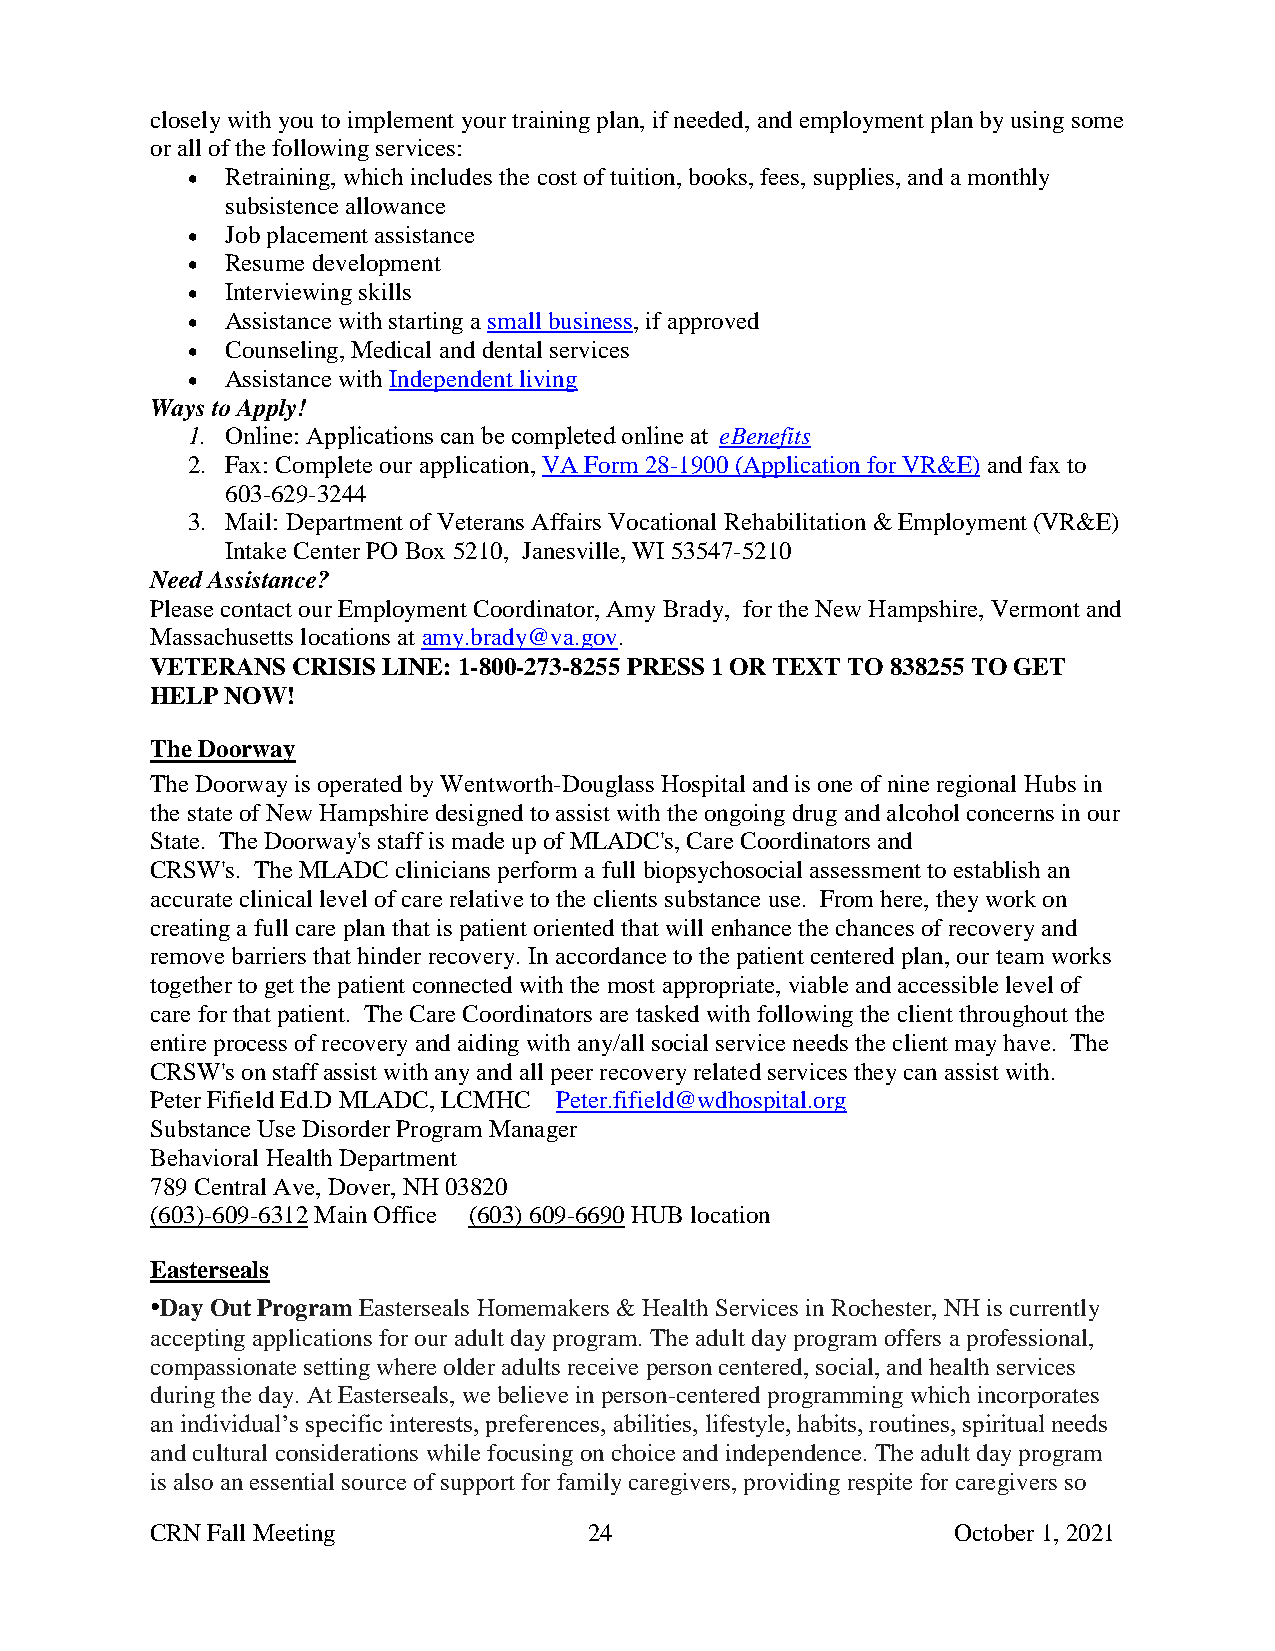
closely with you to implement your training plan, if needed, and employment plan by using some
 or all of the following services:
   Retraining, which includes the cost of tuition, books, fees, supplies, and a monthly
 subsistence allowance
   Job placement assistance
   Resume development
   Interviewing skills
   Assistance with starting a small business, if approved
   Counseling, Medical and dental services
   Assistance with Independent living
 Ways to Apply!
 1. Online: Applications can be completed online at eBenefits
 2. Fax: Complete our application, VA Form 28-1900 (Application for VR&E) and fax to
 603-629-3244
 3. Mail: Department of Veterans Affairs Vocational Rehabilitation & Employment (VR&E)
 Intake Center PO Box 5210, Janesville, WI 53547-5210
 Need Assistance?
 Please contact our Employment Coordinator, Amy Brady, for the New Hampshire, Vermont and
 Massachusetts locations at amy.brady@va.gov.
 VETERANS CRISIS LINE: 1-800-273-8255 PRESS 1 OR TEXT TO 838255 TO GET
 HELP NOW!
 The Doorway
 The Doorway is operated by Wentworth-Douglass Hospital and is one of nine regional Hubs in
 the state of New Hampshire designed to assist with the ongoing drug and alcohol concerns in our
 State. The Doorway's staff is made up of MLADC's, Care Coordinators and
 CRSW's. The MLADC clinicians perform a full biopsychosocial assessment to establish an
 accurate clinical level of care relative to the clients substance use. From here, they work on
 creating a full care plan that is patient oriented that will enhance the chances of recovery and
 remove barriers that hinder recovery. In accordance to the patient centered plan, our team works
 together to get the patient connected with the most appropriate, viable and accessible level of
 care for that patient. The Care Coordinators are tasked with following the client throughout the
 entire process of recovery and aiding with any/all social service needs the client may have. The
 CRSW's on staff assist with any and all peer recovery related services they can assist with.
 Peter Fifield Ed.D MLADC, LCMHC Peter.fifield@wdhospital.org
 Substance Use Disorder Program Manager
 Behavioral Health Department
 789 Central Ave, Dover, NH 03820
 (603)-609-6312 Main Office (603) 609-6690 HUB location
 Easterseals
 •Day Out Program Easterseals Homemakers & Health Services in Rochester, NH is currently
 accepting applications for our adult day program. The adult day program offers a professional,
 compassionate setting where older adults receive person centered, social, and health services
 during the day. At Easterseals, we believe in person-centered programming which incorporates
 an individual’s specific interests, preferences, abilities, lifestyle, habits, routines, spiritual needs
 and cultural considerations while focusing on choice and independence. The adult day program
 is also an essential source of support for family caregivers, providing respite for caregivers so
 CRN Fall Meeting             24                      October 1, 2021